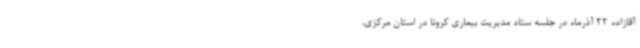
آقازاده 22 آذرماه در جلسه ستاد مدیریت بیماری کرونا در استان مرکزی،